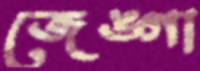
জেঙ্গা